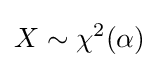
X\sim \chi ^{2}(\alpha )